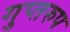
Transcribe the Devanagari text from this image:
गुप्तरुप